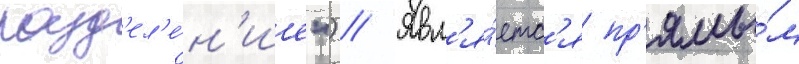
разд'ел'е́н'ие") // Явл'я́етс'я пр'ямы́м